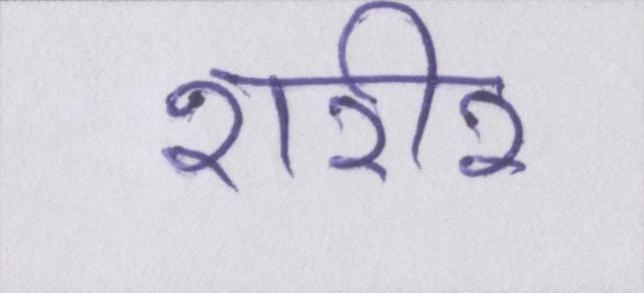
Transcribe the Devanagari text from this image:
शरीर